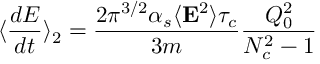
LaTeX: \langle { \frac { d { \cal { E } } } { d t } } \rangle _ { 2 } = { \frac { 2 \pi ^ { 3 / 2 } \alpha _ { s } \langle { \bf E } ^ { 2 } \rangle \tau _ { c } } { 3 m } } { \frac { Q _ { 0 } ^ { 2 } } { N _ { c } ^ { 2 } - 1 } }